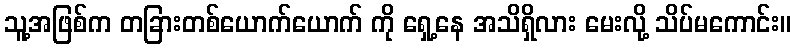
သူ့အဖြစ်က တခြားတစ်ယောက်ယောက် ကို ရှေ့နေ အသိရှိလား မေးလို့ သိပ်မကောင်း။